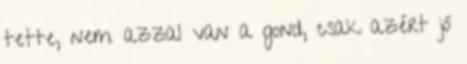
tette, nem azzal van a gond, csak azért jó